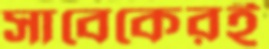
সাবেকেরই